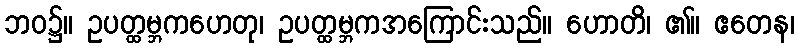
ဘဝ၌။ ဥပတ္ထမ္ဘကဟေတု၊ ဥပတ္ထမ္ဘကအကြောင်းသည်။ ဟောတိ၊ ၏။ ဧတေန၊